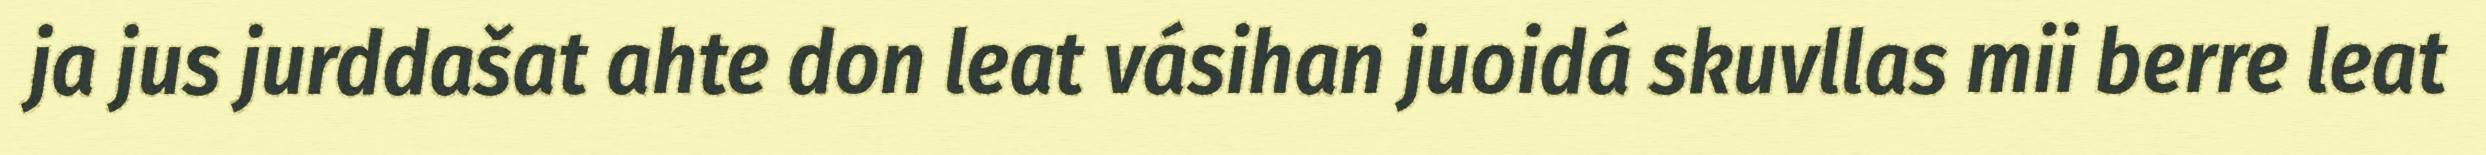
ja jus jurddašat ahte don leat vásihan juoidá skuvllas mii berre leat